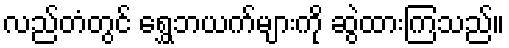
လည်တံတွင် ရွှေဘယက်များကို ဆွဲထားကြသည်။